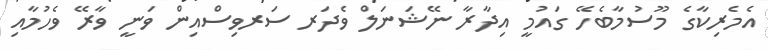
އެމެރިކާގެ މޫސުމާބެހޭ ގައުމީ އިދާރާ ނޭޝަނަލް ވެދަރ ސަރވިސްއިން ވަނީ ވާރޭ ވެހުމާއި